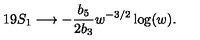
1 9 S _ { 1 } \longrightarrow - \frac { b _ { 5 } } { 2 b _ { 3 } } w ^ { - 3 / 2 } \log ( w ) .